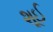
શૂઈ